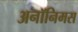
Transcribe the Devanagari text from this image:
अनॉनिमस